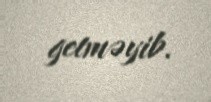
getməyib.